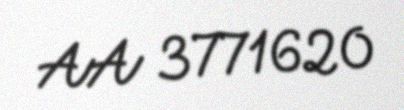
AA 3771620